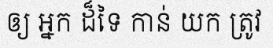
ឲ្យ អ្នក ដ៏ទៃ កាន់ យក ត្រូវ